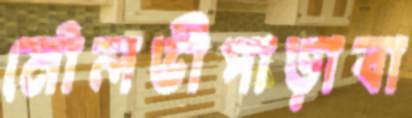
মৌলভীপাড়াবা